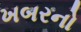
ખબરનો